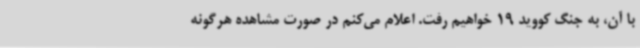
با آن، به جنگ کووید 19 خواهیم رفت. اعلام می‌کنم در صورت مشاهده هرگونه